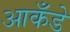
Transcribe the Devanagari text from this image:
आकँडे